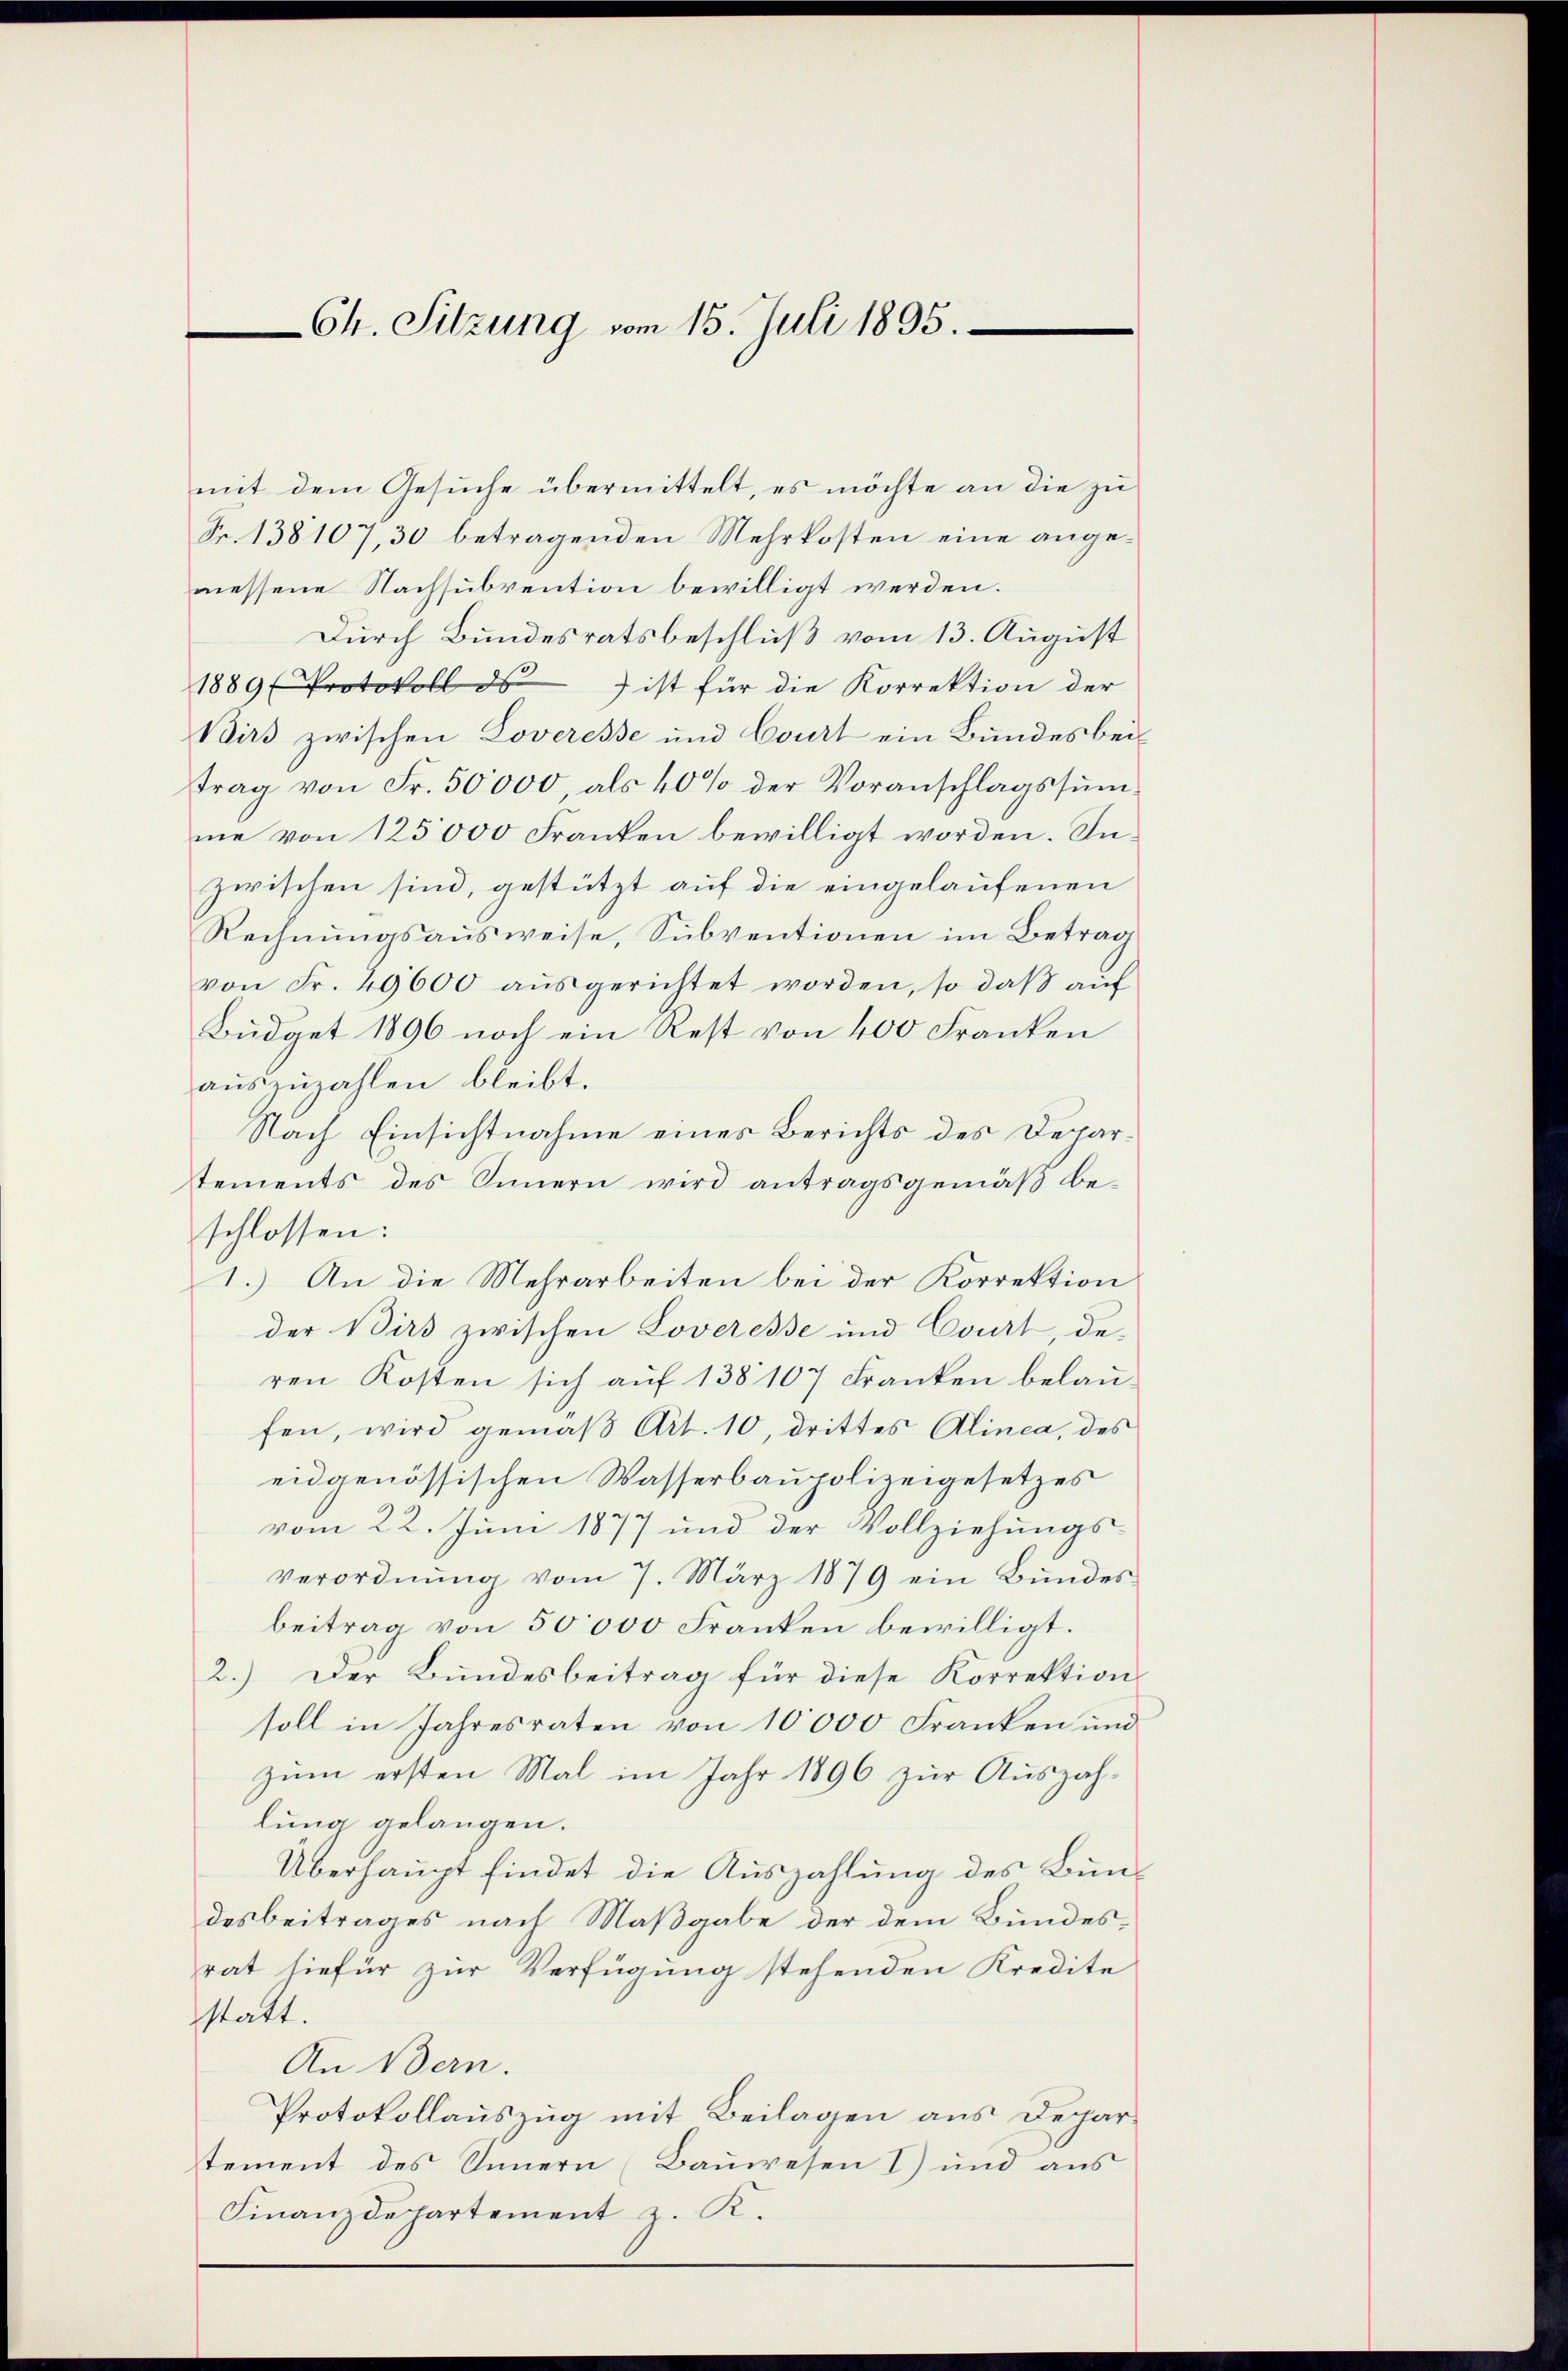
Ch. Sitzung vom 15. Juli 1895.

mit dem Gesuche übermittelt, es möchte an die zu
Fr. 138107, 30 betragenden Mehrkosten eine angemessene Nachsubvention bewilligt werden.
Durch Bundesratsbeschluß vom 13. August
1889 (Protokoll ds ist für die Korrektion der
Birs zwischen Loveresse und Court ein Bundesbeitrag von Fr. 50,000, als 40% der Voranschlagssumme von 125000 Franken bewilligt worden. Inzwischen sind, gestützt auf die eingelaufenen
Rechnungsausweise, Subventionen im Betrag
von Fr. 29600 aŭsgerichtet worden, so daβ aŭf
Büdget 1896 noch ein Rest von 400 Franken
auszuzahlen bleibt.
Nach Einsichtnahme eines Berichts des Departements des Innern wird antragsgemäß beschlossen:
1.) An die Mehrarbeiten bei der Korrektion
der Birs zwischen Loveresse und Court, deren Kosten sich auf 138107 Franken belaufen, wird gemäß Art. 10, drittes Alinea, des
eidgenössischen Wasserbaupolizeigesetzes
vom 22. Juni 1877 und der Vollziehungs-
verordnŭng vom 7. März 1879 ein Bundes
beitrag von 50000 Franken bewilligt.
2.) Der Bundesbeitrag für diese Korrektion
soll in Jahresraten von 10000 Franken und
zum ersten Mal im Jahr 1896 zur Auszahlung gelangen.
Überhaupt findet die Auszahlung des Bundesbeitrages nach Maßgabe der dem Bundesrat hiefür zur Verfügung stehenden Kredite
sstatt.
An Bern.
Protokollauszug mit Beilagen aus Departement des Innern (Bauwesen 1) und aus
Finanzdepartement z. K.